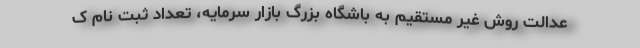
عدالت روش غیر مستقیم به باشگاه بزرگ بازار سرمایه، تعداد ثبت نام ک